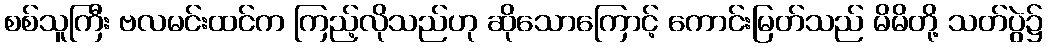
စစ်သူကြီး ဗလမင်းထင်က ကြည့်လိုသည်ဟု ဆိုသောကြောင့် ကောင်းမြတ်သည် မိမိတို့ သတ်ပွဲ၌